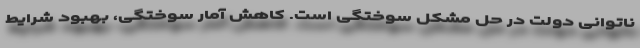
ناتوانی دولت در حل مشکل سوختگی است. کاهش آمار سوختگی، بهبود شرایط